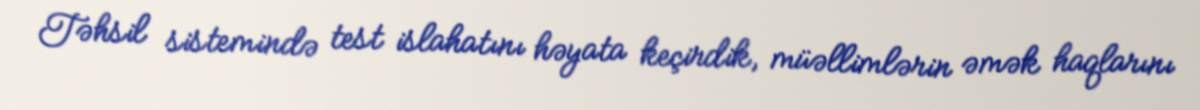
Təhsil sistemində test islahatını həyata keçirdik, müəllimlərin əmək haqlarını